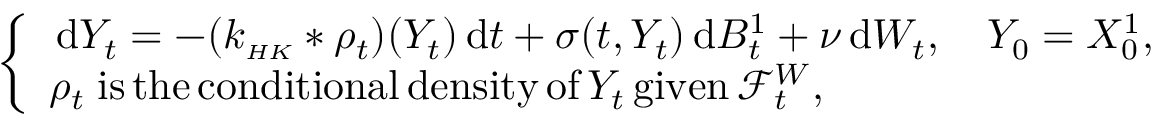
\begin{array} { r } { \left\{ \begin{array} { l l } { \, \mathrm { d } Y _ { t } = - ( k _ { \scriptscriptstyle { H K } } * \rho _ { t } ) ( Y _ { t } ) \, \mathrm { d } t + \sigma ( t , Y _ { t } ) \, \mathrm { d } B _ { t } ^ { 1 } + \nu \, \mathrm { d } W _ { t } , \quad Y _ { 0 } = X _ { 0 } ^ { 1 } , } \\ { \rho _ { t } \; \mathrm { i s \, t h e \, c o n d i t i o n a l \, d e n s i t y \, o f } \, Y _ { t } \, \mathrm { g i v e n } \, \mathcal { F } _ { t } ^ { W } , } \end{array} \right. } \end{array}